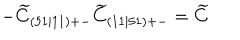
- \widetilde { C } _ { ( 5 1 \mid 1 1 ) + - } \widetilde { C } _ { ( 1 1 \mid 5 1 ) + - } = \widetilde { C }